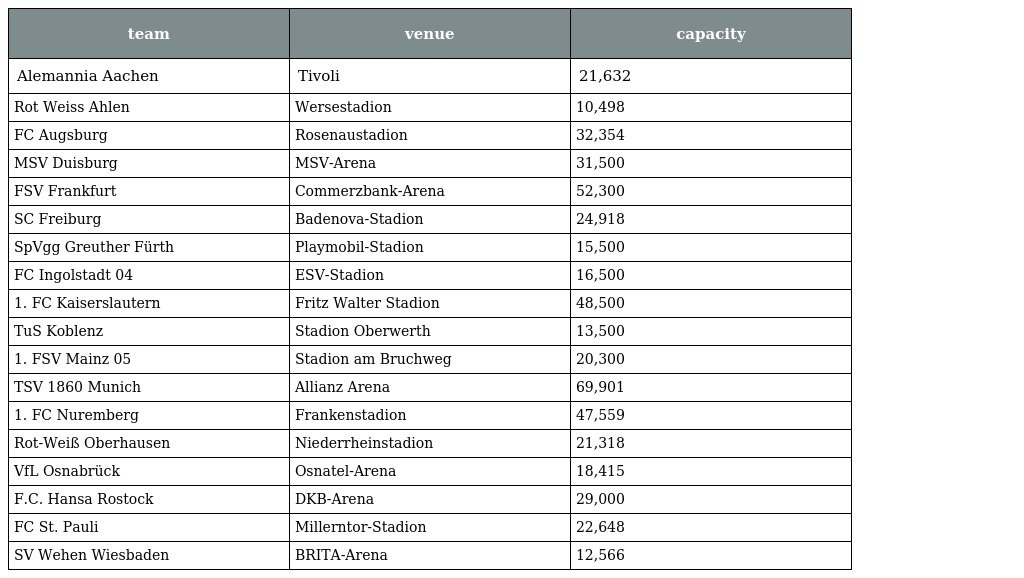
| team | venue | capacity |
 | --- | --- | --- |
 | Alemannia Aachen | Tivoli | 21,632 |
 | Rot Weiss Ahlen | Wersestadion | 10,498 |
 | FC Augsburg | Rosenaustadion | 32,354 |
 | MSV Duisburg | MSV-Arena | 31,500 |
 | FSV Frankfurt | Commerzbank-Arena | 52,300 |
 | SC Freiburg | Badenova-Stadion | 24,918 |
 | SpVgg Greuther Fürth | Playmobil-Stadion | 15,500 |
 | FC Ingolstadt 04 | ESV-Stadion | 16,500 |
 | 1. FC Kaiserslautern | Fritz Walter Stadion | 48,500 |
 | TuS Koblenz | Stadion Oberwerth | 13,500 |
 | 1. FSV Mainz 05 | Stadion am Bruchweg | 20,300 |
 | TSV 1860 Munich | Allianz Arena | 69,901 |
 | 1. FC Nuremberg | Frankenstadion | 47,559 |
 | Rot-Weiß Oberhausen | Niederrheinstadion | 21,318 |
 | VfL Osnabrück | Osnatel-Arena | 18,415 |
 | F.C. Hansa Rostock | DKB-Arena | 29,000 |
 | FC St. Pauli | Millerntor-Stadion | 22,648 |
 | SV Wehen Wiesbaden | BRITA-Arena | 12,566 |